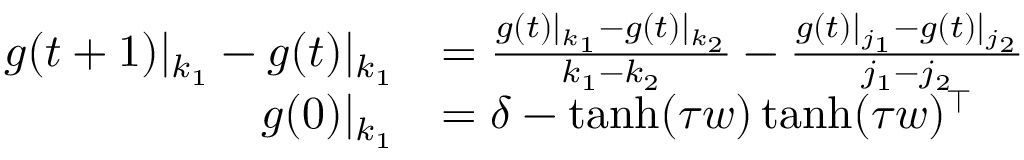
\begin{array} { r l } { g ( t + 1 ) | _ { k _ { 1 } } - g ( t ) | _ { k _ { 1 } } } & { = \frac { g ( t ) | _ { k _ { 1 } } - g ( t ) | _ { k _ { 2 } } } { k _ { 1 } - k _ { 2 } } - \frac { g ( t ) | _ { j _ { 1 } } - g ( t ) | _ { j _ { 2 } } } { j _ { 1 } - j _ { 2 } } } \\ { g ( 0 ) | _ { k _ { 1 } } } & { = \delta - \operatorname { t a n h } ( \tau \boldsymbol { w } ) \operatorname { t a n h } ( \tau \boldsymbol { w } ) ^ { \top } } \end{array}